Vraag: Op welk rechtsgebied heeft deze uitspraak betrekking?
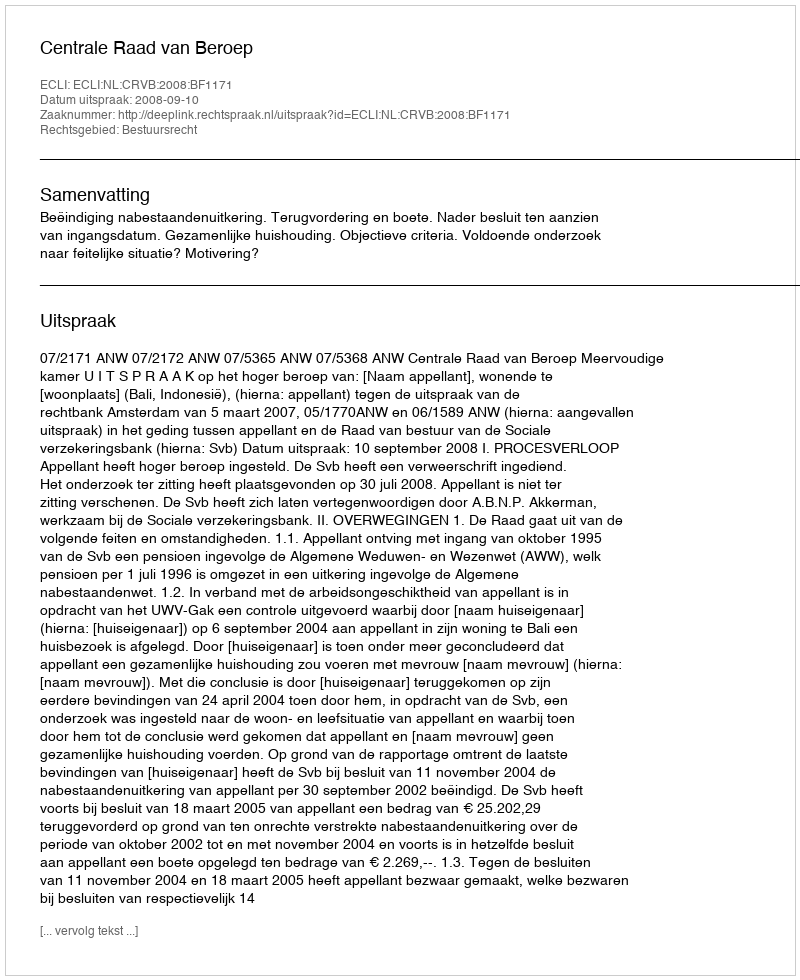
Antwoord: Bestuursrecht